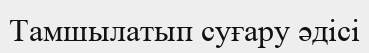
Тамшылатып суғару әдісі